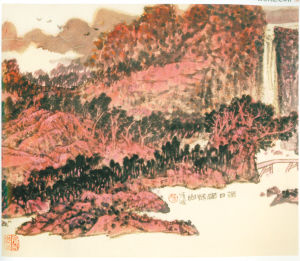
春日载阳，有鸣仓庚。